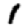
Digit: 1